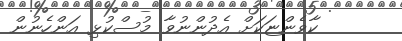
ކާވެންޏަކަށް އެދުންނުވާ މުސްކުޅި އަންހެނުން